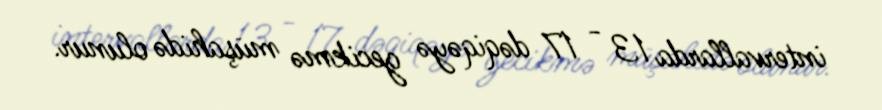
intervallarda 13 - 17 dəqiqəyə gecikmə müşahidə olunur.